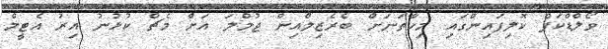
ވޯލްޑްކަޕް ކޮލިފައިންގައި މިހާތަނަށް ބެރެޒިލްއިން ޖުމްލަ އަށް މެޗް ކުޅުނު އިރު އެޓީމް